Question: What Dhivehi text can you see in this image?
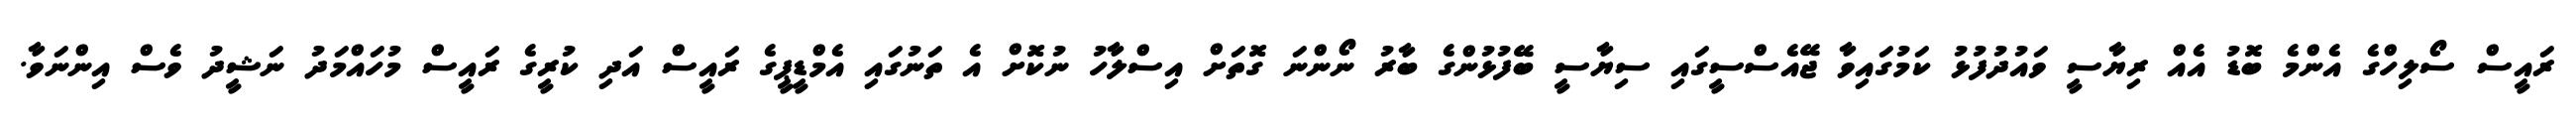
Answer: ރައީސް ސޯލިހްގެ އެންމެ ބޮޑު އެއް ރިޔާސީ ވައުދުފުޅު ކަމުގައިވާ ޖޭއެސްސީގައި ސިޔާސީ ބޭފުޅުންގެ ބާރު ނޯންނަ ގޮތަށް އިސްލާހު ނުކޮށް އެ ތަނުގައި އެމްޑީޕީގެ ރައީސް އަދި ކުރީގެ ރައީސް މުހައްމަދު ނަޝީދު ވެސް އިންނަވާ.